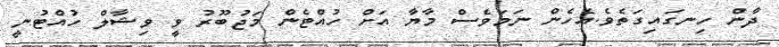
ދާން ހިނގައިގަތެވެ.އެހެން ނަމަވެސް މާޔާ އަށް ހުއްޓެން މަޖުބޫރު ވީ ވިޝާލް ހުއްޓުނީ